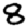
Digit: 8